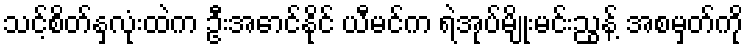
သင့်စိတ်နှလုံးထဲက ဦးအောင်နိုင် ယီမင်က ရဲအုပ်မျိုးမင်းညွန့် အစမှတ်ကို